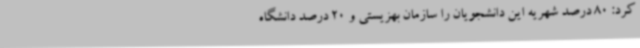
کرد: 80 درصد شهریه این دانشجویان را سازمان بهزیستی و 20 درصد دانشگاه